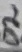
Text: D2